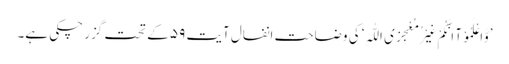
’وَّاعْلَمُوْآ اَنَّکُمْ غَیْرُ مُعْجِزِی اللّٰہِ‘ کی وضاحت انفال آیت ۵۹ کے تحت گزر چکی ہے۔